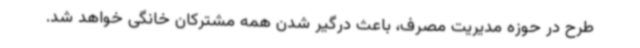
طرح در حوزه مدیریت مصرف، باعث درگیر شدن همه مشترکان خانگی خواهد شد.